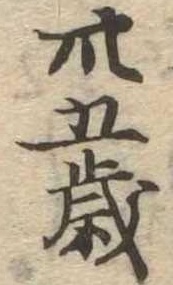
卅五歳